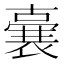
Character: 𭋛